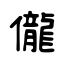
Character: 儱